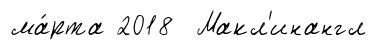
ма́рта 2018 Макл'инангл